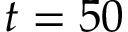
t = 5 0